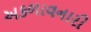
અકળાવનારી